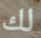
لك